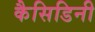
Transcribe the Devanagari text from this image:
कैसिडिनी